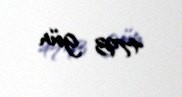
4793 gün